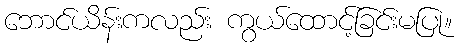
ဘောင်ယိန်းကလည်း ကွယ်ထောင့်ခြင်းမပြု။